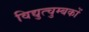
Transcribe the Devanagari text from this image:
विद्युत्चुम्बकों